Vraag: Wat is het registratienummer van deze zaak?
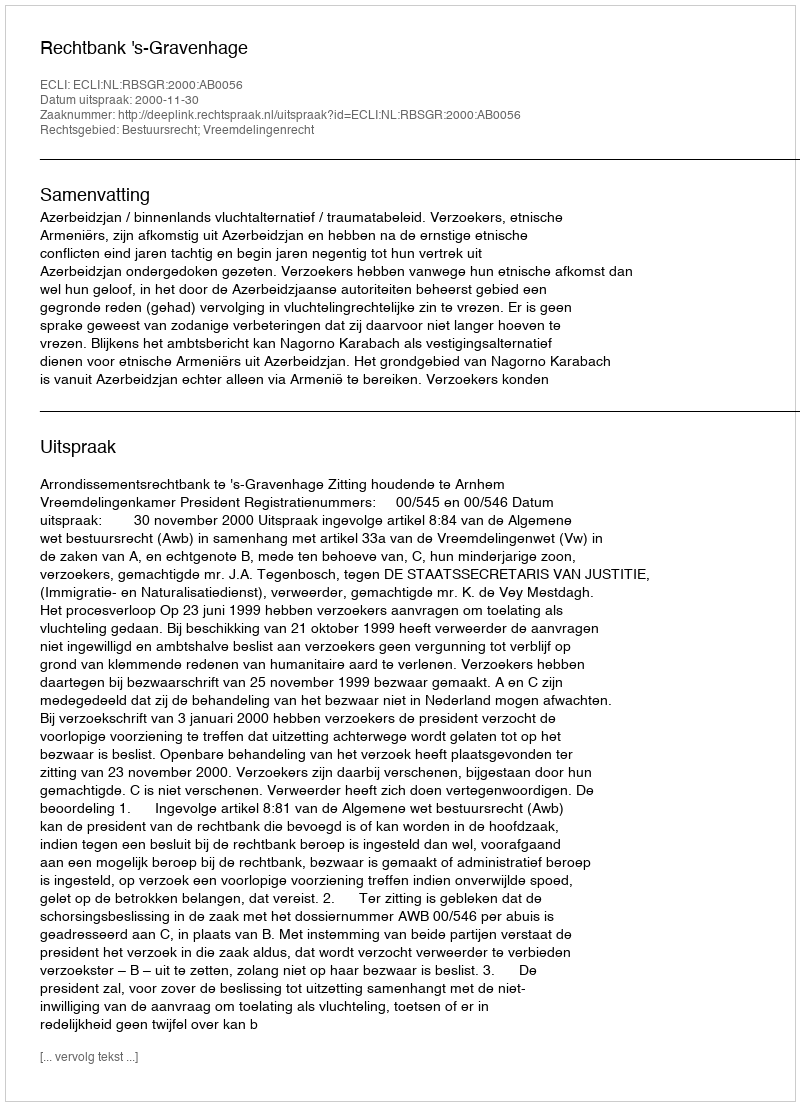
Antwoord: http://deeplink.rechtspraak.nl/uitspraak?id=ECLI:NL:RBSGR:2000:AB0056